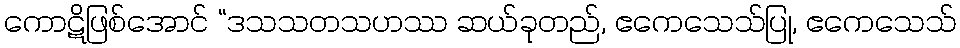
ကောဋိဖြစ်အောင် “ဒသသတသဟဿ ဆယ်ခုတည်, ဧကေသေသ်ပြု, ဧကေသေသ်